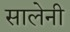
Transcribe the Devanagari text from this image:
सालेनी